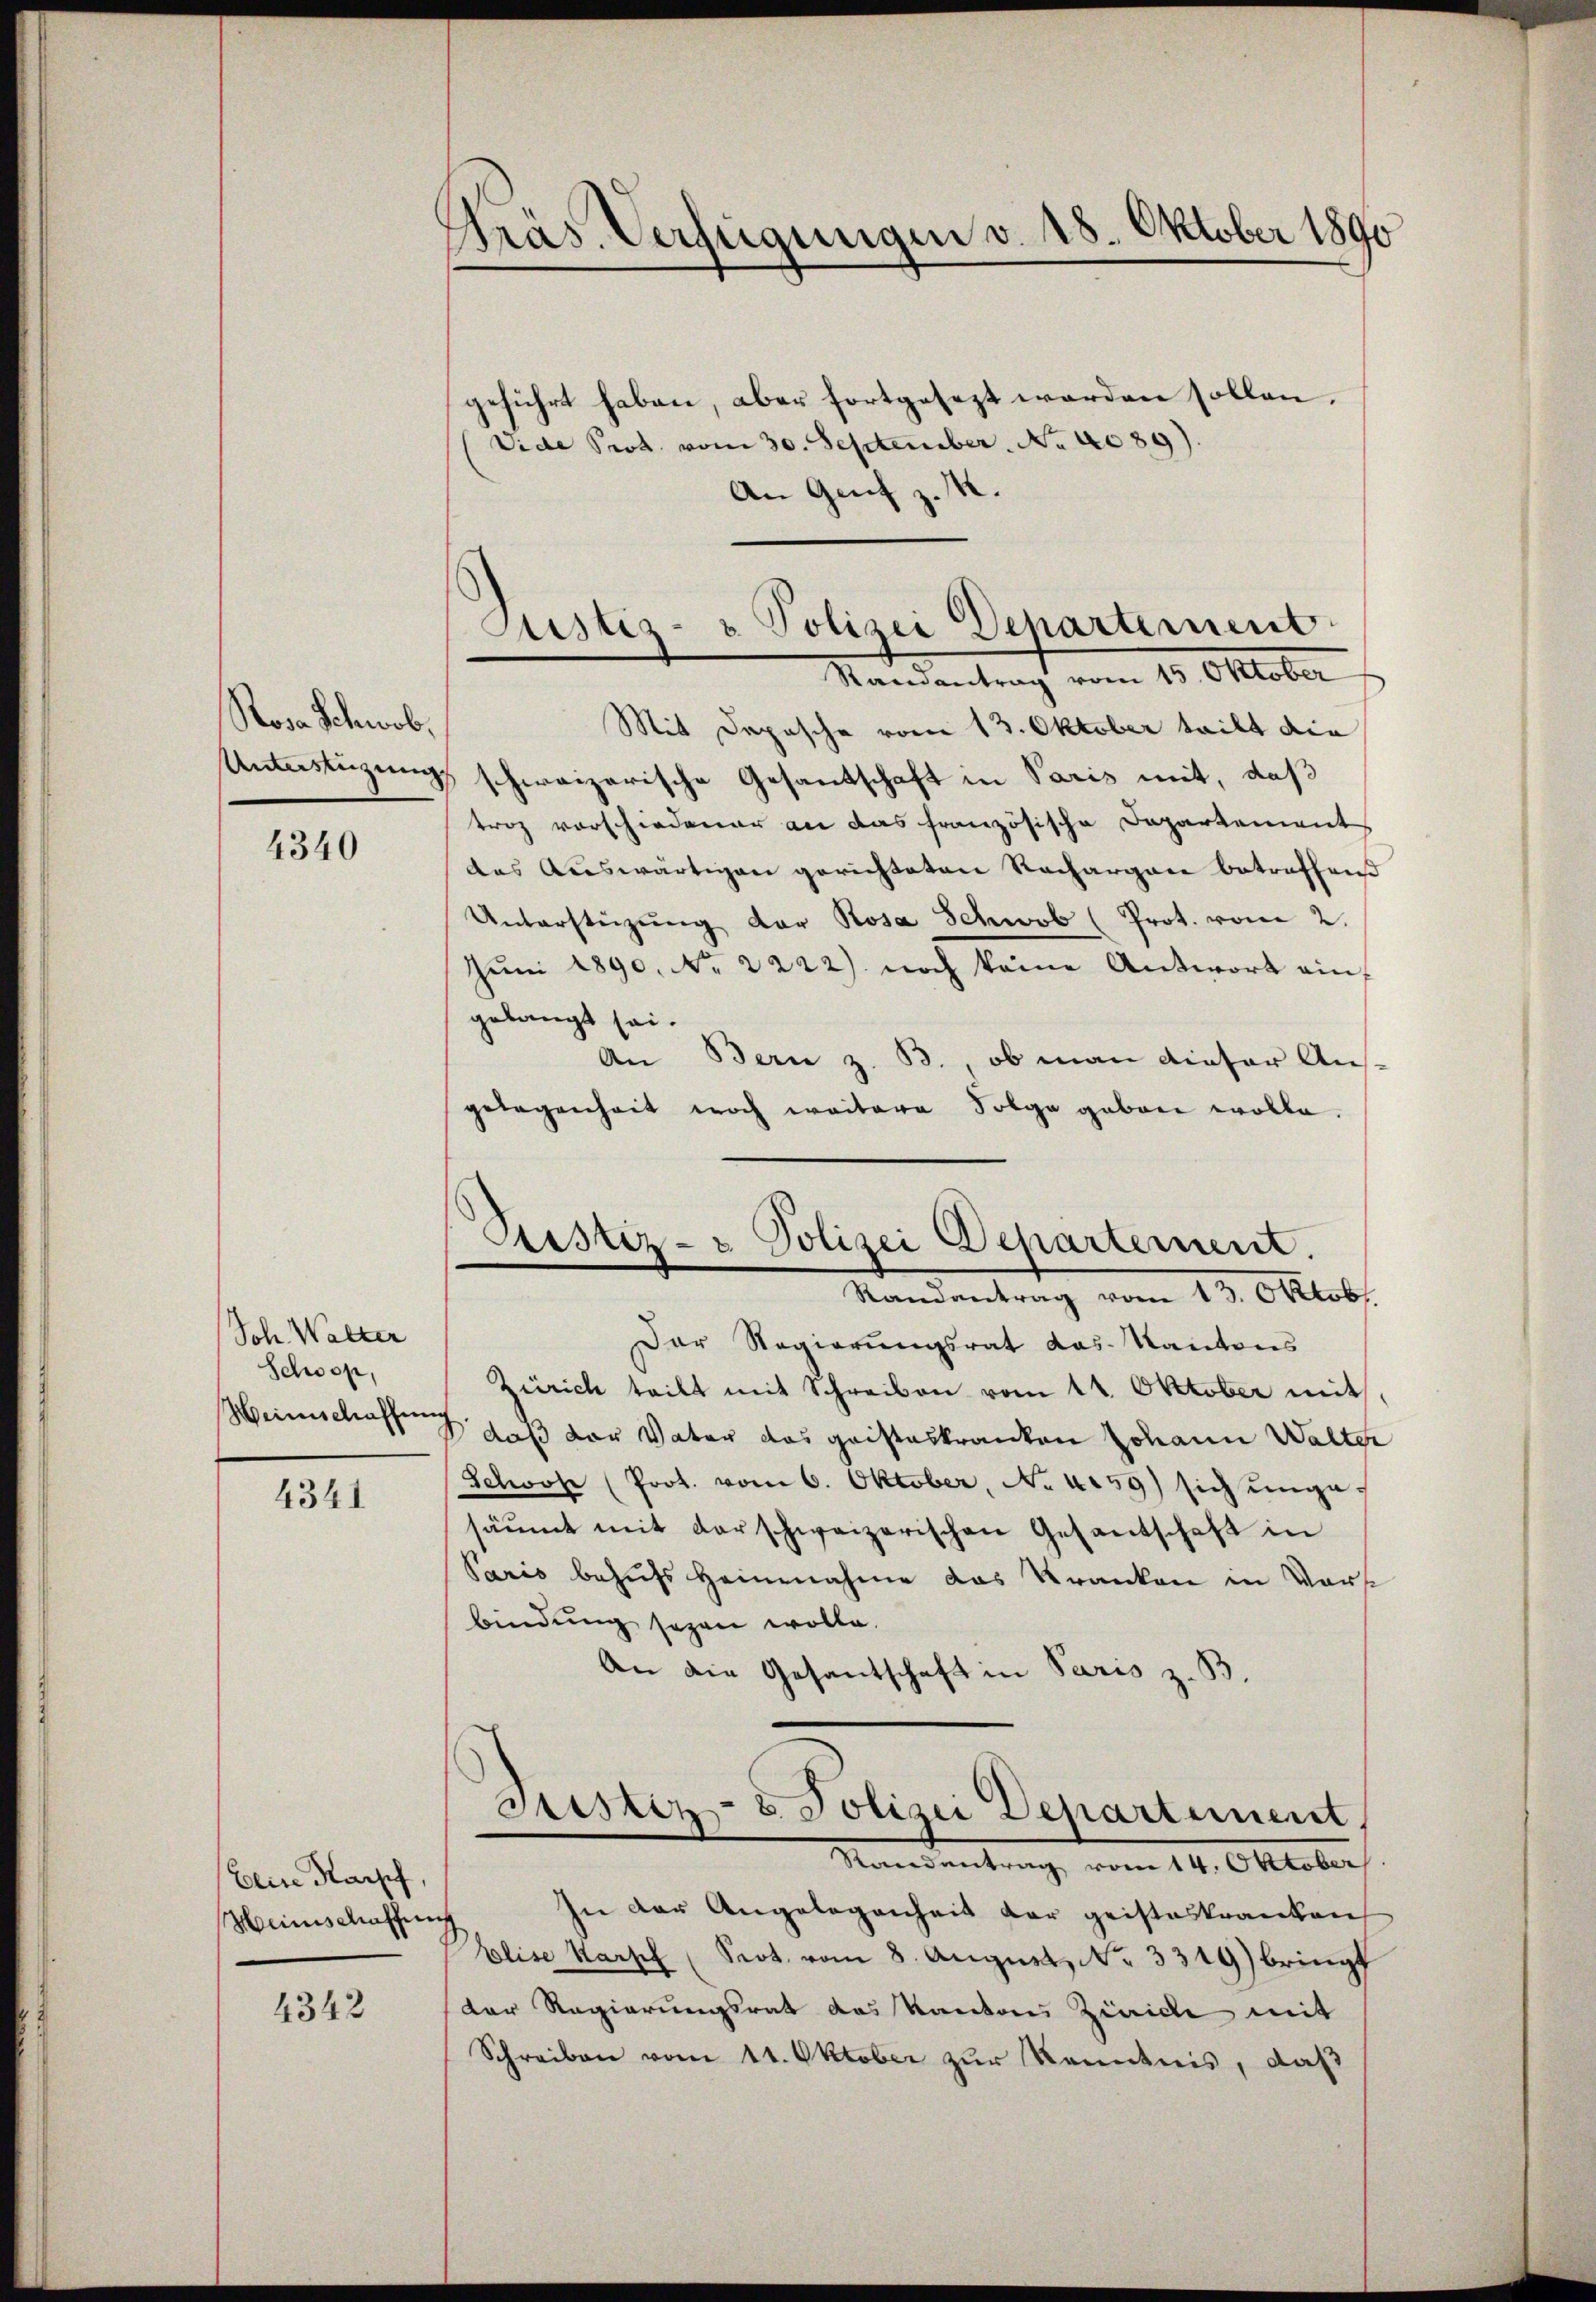
Rosa Schwab,

4340

Joh Walter
Schoop,
Weinschaffung

4341

Dein Karpf,
Heinschaffung

4342

Präs. Verfügungen v. 18. Oktober 1890

geführt haben, aber fortgesezt werden sollen.
(Vide Prot. vom 30. September. No. 4089).
An Genf z. R.
Mandantrag vom 18. Oktober
Mit Daposche vom 13. Oktober teilt die
Unterstüzungs schweizerische Gesantschaft in Paris mit, daß
troz vorschiedener an das französische Departement
das Auswärtigen gerichteten Nachargane betreffend
Unterstützŭng der Rosa Schwab (Prot. von 2.
Jŭni 1890. No. 2222) noch keine Antwort ein
gelangt sei.
An Bern z. B., ob man dieser Ausgelegenheit noch weitere Folge geben wolle.
Der Regierungsrat das Kantons
Zürich teilt mit Schreiben vom 14. Oktober mit
daß der Vater das gaisteskranken Johann Walter
Schohr (Prot. vom 6. Oktober, No 4159) sich ungesäŭmt mit darschweizerischen Gesantschaft in
Paris behufs Heinnahme das Kranken in Vors
bindung sagen wolle.
An die Gesantschaft in Paris z. B.
Justiz- & Polizei Departement,
Standentrag vom 14. Oktober
sie der Angelegenheit der geisteskranken,
Blise Karsch (Seot. vom 8. August No. 3319) bringt
der Regierungsrat des Kantons Ziaide mit
Schreiben vom 11. Oktober zur Kenntnis, daß

Justiz- & Polizei Departement

Sistiz- & Polizei Departement.
Randantrag vom 13. Oktob